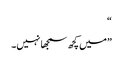
“
”میں کچھ سمجھا نہیں۔